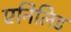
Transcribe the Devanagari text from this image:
एनिलिड